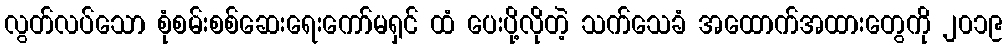
လွတ်လပ်သော စုံစမ်းစစ်ဆေးရေးကော်မရှင် ထံ ပေးပို့လိုတဲ့ သက်သေခံ အထောက်အထားတွေကို ၂၀၁၉